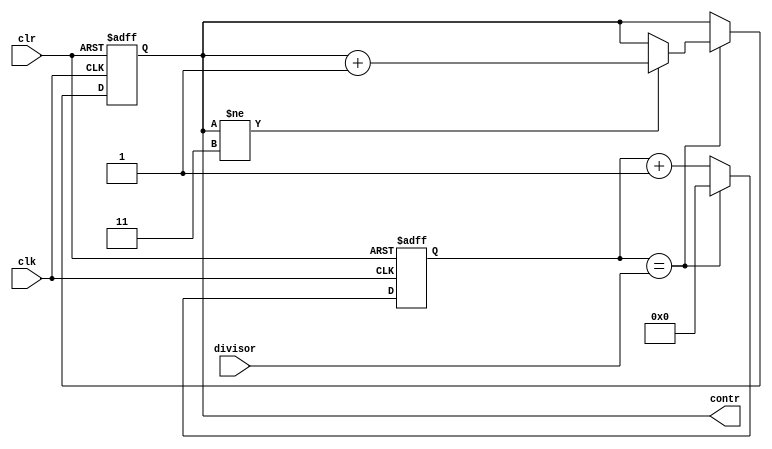
module dec(clk, clr, divisor, contr);

	parameter m = 8;
	
	input clk, clr;
	input [m-1:0] divisor;
	output [1:0] contr;
	
	reg [m-1:0] cntdiv;
	reg [1:0] contr;
	reg enacnt;

	always @ (posedge clk or posedge clr)
	begin
		if (clr) cntdiv<=0;
		else
		begin
			if (cntdiv==divisor) cntdiv<=0;
			else cntdiv<=cntdiv+1;
		end
	end
	
	always @ (*)
	begin
		enacnt=(cntdiv==divisor);
	end
	
	always @ (posedge clk or posedge clr)
	begin
		if (clr) contr<=0;
		else
		begin
			if (enacnt)
			begin
				if (contr!=3) contr<=contr+1;
			end
		end
	end
	
endmodule